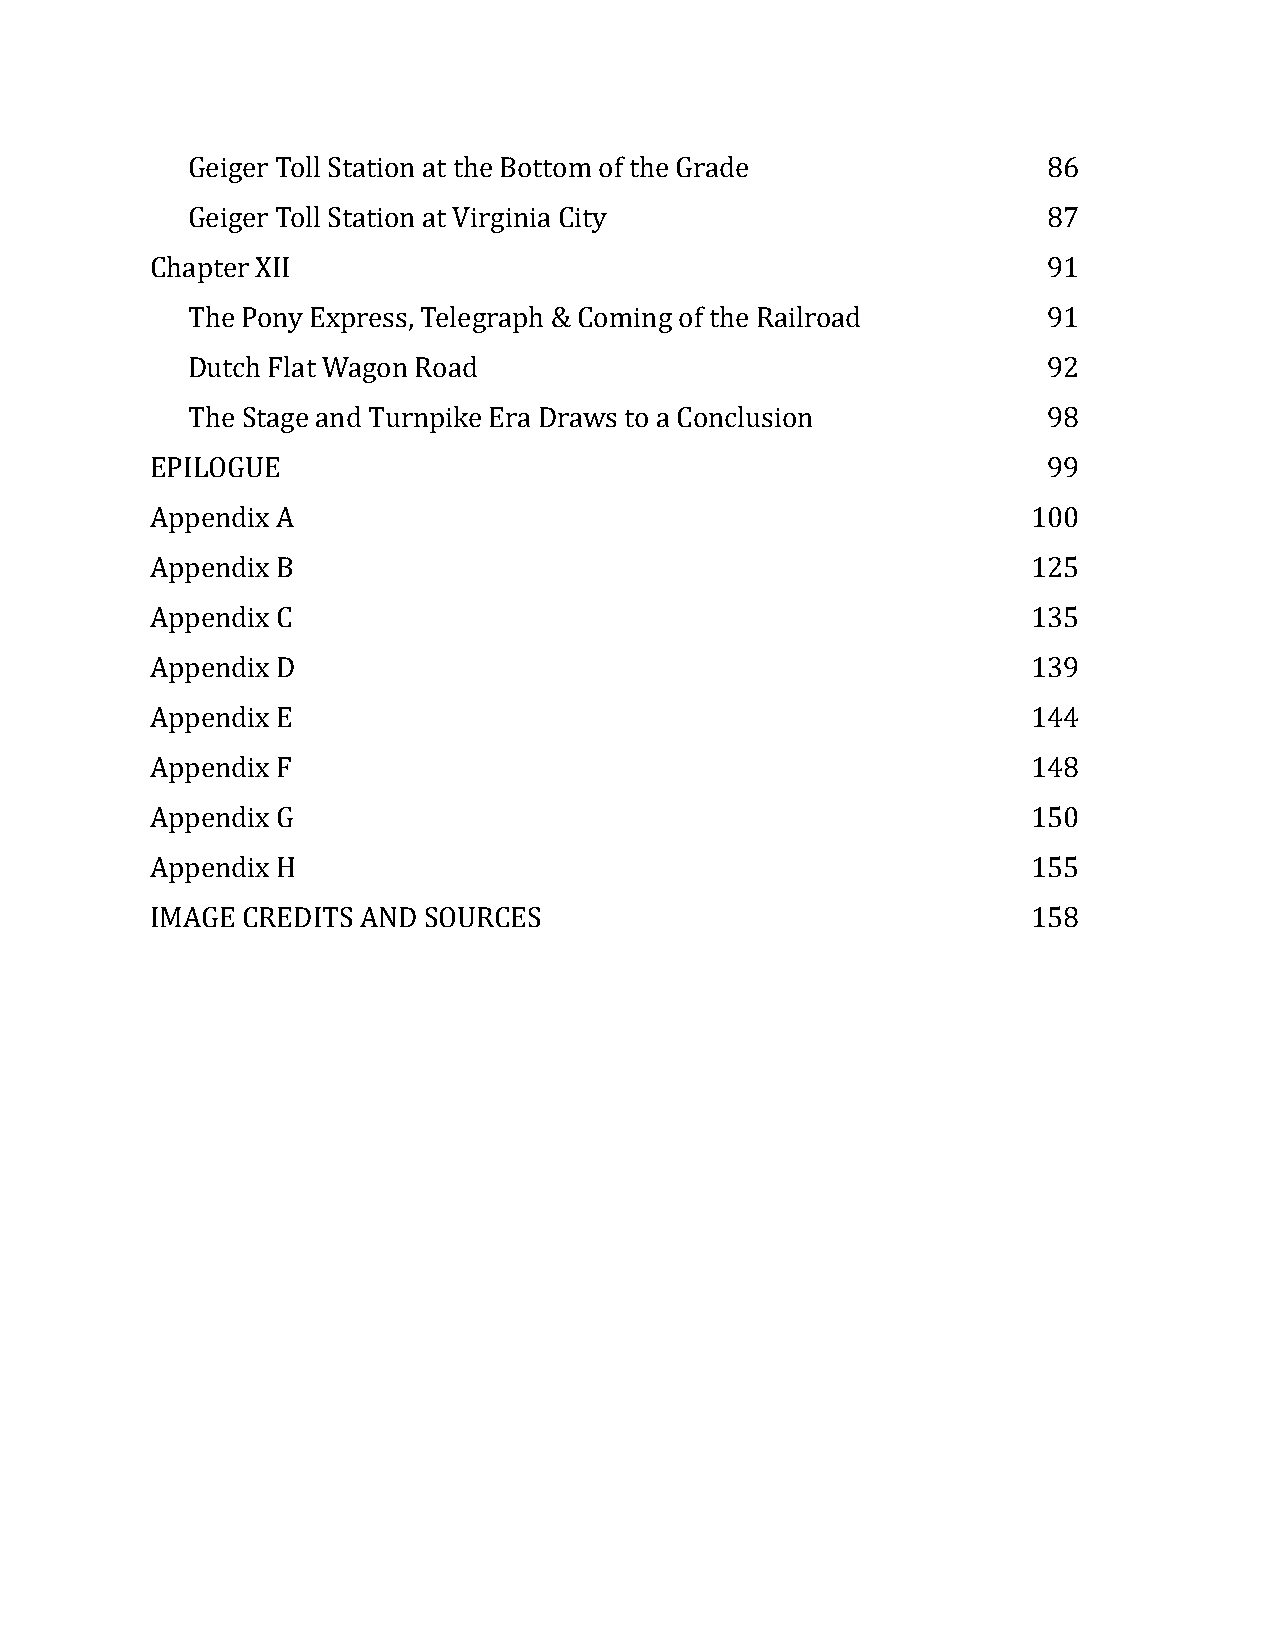
Geiger Toll Station at the Bottom of the Grade           86
 Geiger Toll Station at Virginia City                     87
 Chapter XII                                                91
 The Pony Express, Telegraph & Coming of the Railroad     91
 Dutch Flat Wagon Road                                    92
 The Stage and Turnpike Era Draws to a Conclusion         98
 EPILOGUE                                                   99
 Appendix A                                                100
 Appendix B                                                125
 Appendix C                                                135
 Appendix D                                                139
 Appendix E                                                144
 Appendix F                                                148
 Appendix G                                                150
 Appendix H                                                155
 IMAGE CREDITS AND SOURCES                                 158